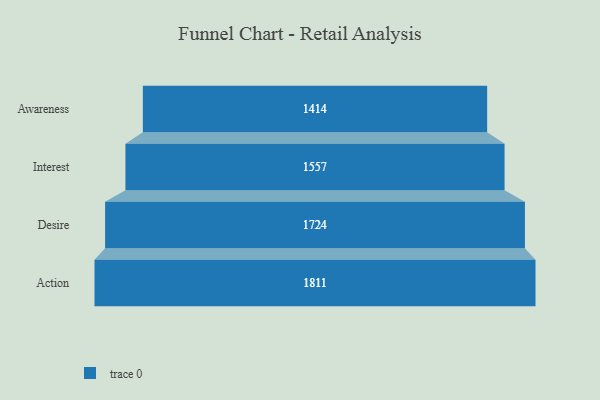
{"axis": {"x": "Stage", "y": "Value"}, "legend": [""], "data": [{"x": "Awareness", "y": 1414.0, "type": ""}, {"x": "Interest", "y": 1557.0, "type": ""}, {"x": "Desire", "y": 1724.0, "type": ""}, {"x": "Action", "y": 1811.0, "type": ""}]}